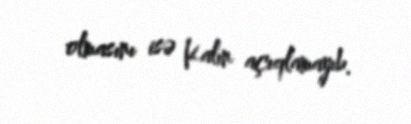
olmasını isə Kalın açıqlamayıb.